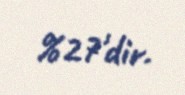
%27'dir.